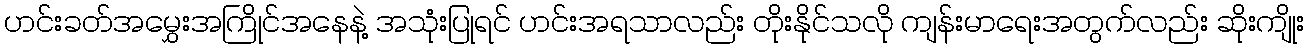
ဟင်းခတ်အမွှေးအကြိုင်အနေနဲ့ အသုံးပြုရင် ဟင်းအရသာလည်း တိုးနိုင်သလို ကျန်းမာရေးအတွက်လည်း ဆိုးကျိုး